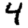
Digit: 4